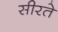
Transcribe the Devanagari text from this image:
सीरते